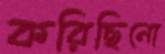
করিছিনো